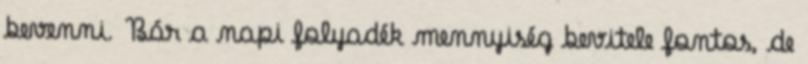
bevenni. Bár a napi folyadék mennyiség bevitele fontos, de